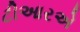
ટીઆરએ